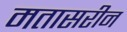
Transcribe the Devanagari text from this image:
मतासरीन